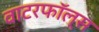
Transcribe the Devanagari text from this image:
वाटरफॉल्स